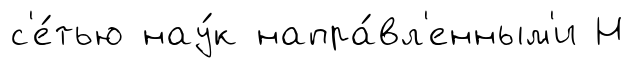
с'е́тью нау́к напра́вл'енным'и Н